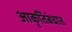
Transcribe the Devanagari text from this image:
आकृतिबंधात